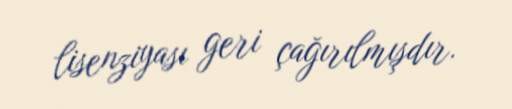
lisenziyası geri çağırılmışdır.